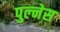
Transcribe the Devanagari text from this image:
पुल्नेस